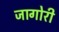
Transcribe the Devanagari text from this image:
जागोरी